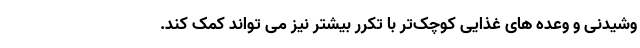
وشیدنی و وعده های غذایی کوچک‌تر با تکرر بیشتر نیز می تواند کمک کند.